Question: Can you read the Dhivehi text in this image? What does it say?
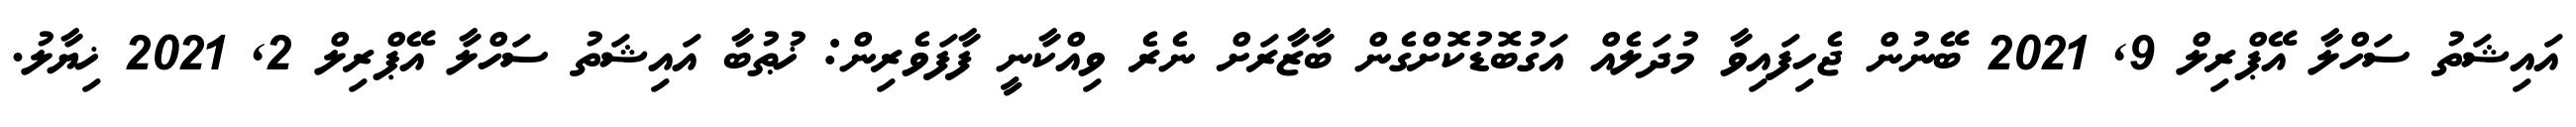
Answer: އައިޝަތު ސަހްލާ އޭޕްރިލް 9, 2021 ބޭނުން ޖެހިފައިވާ މުދަލެއް އަގުބޮޑުކޮށްގެން ބާޒާރަށް ނެރެ ވިއްކާނީ ފާފަވެރިން: ޚުޠުބާ އައިޝަތު ސަހްލާ އޭޕްރިލް 2, 2021 ޚިޔާލު.